Civil Veterinary Department Bihar & Orissa reports 1922-29 - 1922-1929
Year: 1922
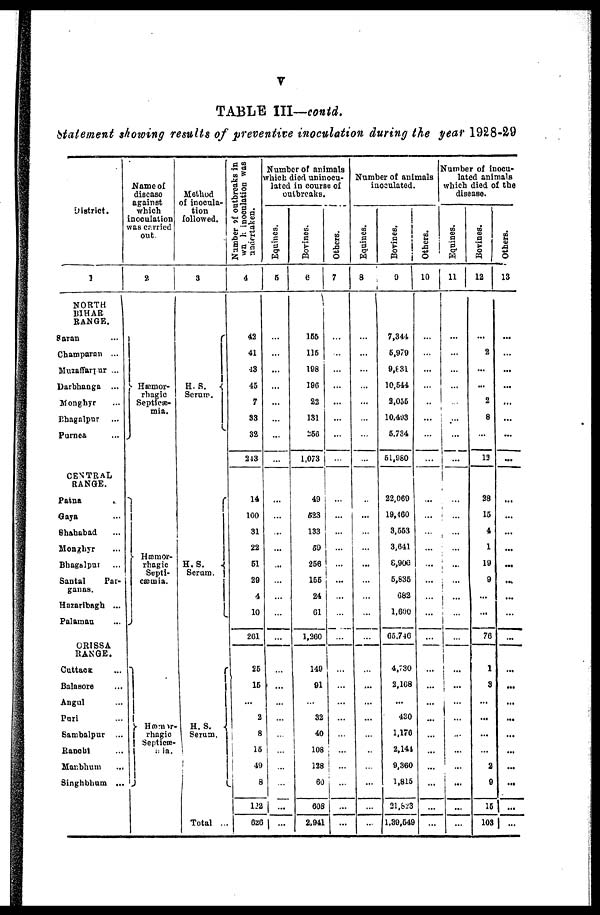
v
TABLE III—contd.
statement showing remits of preventive inoculation during the year 1928-29
District.
1
NORTH
BIHAR
RANGE.
Saran
Champaran ...
Muzaffarpur ...
Darbhanga ...
Monghyr
Bhagalpur
Purnea
CENTRAL
RANGE.
Patna
Gaya
Shahabad
Monghyr
Bhagslpur
Santal
Par-
ganas.
Hazaribagh ...
Palamau
ORISSA
RANGE.
Cuttack
Balasore
Angul
Puri
6ambalpar ...
Ranchi
Manbhum
Singhbhum ...
Name of
diseaso
against
which
inoculation
was carried
out
2
Haemor-
rhakio
Septices-
mia.
Hæmor-
rhagic
Septi-
cæmia.
Hæmor-
rhagio
Septicæ- ia.
Method
of inocula-
tion
followed.
3
H. S. Berur
H. S.
8erum.
H. S.
Serum.
Total ..
Number of outbreaks in
on inoculation was
undertaken.
4
42
41
43
45
7
S3
38
243
14
100
31
22
61
29
4
10
201
25
16
...
2
8
16
49
8
122
626
Number of animals
which died uninocu-
lated in coarse of
outbreaks.
Equines.
5
...
...
...
...
...
...
...
...
...
...
...
...
...
...
...
...
...
...
...
...
...
...
...
...
...
...
Bovines.
6
166
116
198
190
22
131
250
Others.
7
1.073
...
40
523
133 !
256
155
...
...
...
...
...
24
...
61 ...
1,300
140
01
32
40
108
128
60
608
2.941
...
...
...
...
...
...
...
...
Number of animals
inoculated.
Equines.
8
...
...
...
...
...
...
Bovines.
9
7,344
6,970
9,(31
10,644
2,056
10.493
6.734
61,080
22,060
19,160
3,663
3,641
8,900
6,836
682
1,600
65.740
4,730
2,108
...
430
1,176
2,144
9,360
1,815
21,823
1,39,649
Others.
10
...
...
...
...
...
...
...
...
...
...
...
...
...
...
...
...
...
Number of inocu-
lated animals
which died of the
disease.
Equines.
11
...
...
...
...
...
...
...
...
...
...
...
...
...
...
...
...
...
...
...
...
...
Bovines.
12
...
2
...
...
2
8
13
28
16
4
1
19
9
...
...
76
1
8
...
...
...
...
2
8
15
103
Others.
13
...
...
...
...
...
...
...
...
...
...
...
...
...
...
...
...
...
...
...
...
...
...
...
...
...